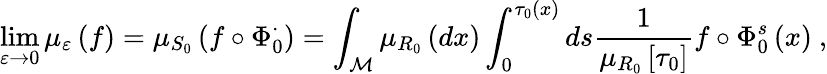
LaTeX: \operatorname*{lim}_{\varepsilon\rightarrow 0}\mu_{\varepsilon}\left(f\right)=\mu_{S_{0}}\left(f\circ\Phi_{0}^{\cdot}\right)=\int_{\mathcal{M}}\mu_{R_{0}}\left(dx\right)\int_{0}^{\tau_{0}\left(x\right)}ds\frac{1}{\mu_{R_{0}}\left[\tau_{0}\right]}f\circ\Phi_{0}^{s}\left(x\right)\ ,